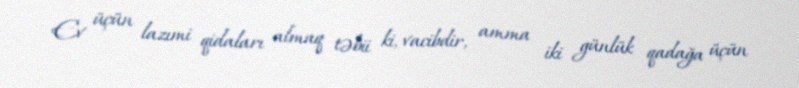
Ev üçün lazımi qidaları almaq təbii ki, vacibdir, amma iki günlük qadağa üçün